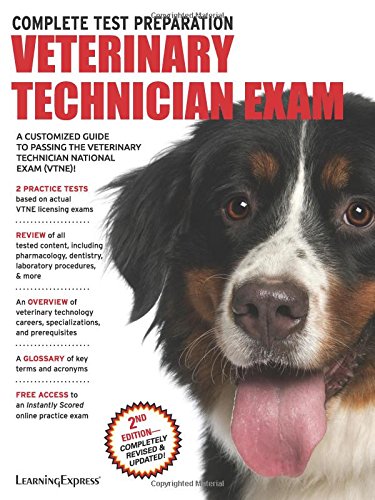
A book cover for Veterinary Technician Exam; Learning Express Llc; Test Preparation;